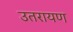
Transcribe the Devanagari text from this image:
उतरायण